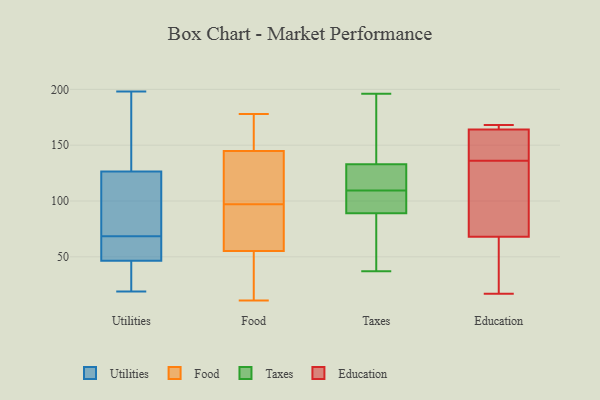
{"axis": {"x": "LTV (USD)", "y": "Value"}, "legend": ["Education", "Food", "Taxes", "Utilities"], "data": [{"x": "", "y": 60, "type": "Utilities"}, {"x": "", "y": 198, "type": "Utilities"}, {"x": "", "y": 111, "type": "Utilities"}, {"x": "", "y": 127, "type": "Utilities"}, {"x": "", "y": 86, "type": "Utilities"}, {"x": "", "y": 46, "type": "Utilities"}, {"x": "", "y": 173, "type": "Utilities"}, {"x": "", "y": 141, "type": "Utilities"}, {"x": "", "y": 62, "type": "Utilities"}, {"x": "", "y": 32, "type": "Utilities"}, {"x": "", "y": 19, "type": "Utilities"}, {"x": "", "y": 113, "type": "Utilities"}, {"x": "", "y": 21, "type": "Utilities"}, {"x": "", "y": 59, "type": "Utilities"}, {"x": "", "y": 185, "type": "Utilities"}, {"x": "", "y": 126, "type": "Utilities"}, {"x": "", "y": 75, "type": "Utilities"}, {"x": "", "y": 60, "type": "Utilities"}, {"x": "", "y": 47, "type": "Utilities"}, {"x": "", "y": 27, "type": "Utilities"}, {"x": "", "y": 19, "type": "Food"}, {"x": "", "y": 175, "type": "Food"}, {"x": "", "y": 65, "type": "Food"}, {"x": "", "y": 59, "type": "Food"}, {"x": "", "y": 148, "type": "Food"}, {"x": "", "y": 135, "type": "Food"}, {"x": "", "y": 97, "type": "Food"}, {"x": "", "y": 16, "type": "Food"}, {"x": "", "y": 62, "type": "Food"}, {"x": "", "y": 178, "type": "Food"}, {"x": "", "y": 102, "type": "Food"}, {"x": "", "y": 128, "type": "Food"}, {"x": "", "y": 155, "type": "Food"}, {"x": "", "y": 11, "type": "Food"}, {"x": "", "y": 125, "type": "Food"}, {"x": "", "y": 28, "type": "Food"}, {"x": "", "y": 171, "type": "Food"}, {"x": "", "y": 54, "type": "Food"}, {"x": "", "y": 85, "type": "Food"}, {"x": "", "y": 39, "type": "Taxes"}, {"x": "", "y": 111, "type": "Taxes"}, {"x": "", "y": 135, "type": "Taxes"}, {"x": "", "y": 169, "type": "Taxes"}, {"x": "", "y": 105, "type": "Taxes"}, {"x": "", "y": 89, "type": "Taxes"}, {"x": "", "y": 196, "type": "Taxes"}, {"x": "", "y": 37, "type": "Taxes"}, {"x": "", "y": 120, "type": "Taxes"}, {"x": "", "y": 106, "type": "Taxes"}, {"x": "", "y": 108, "type": "Taxes"}, {"x": "", "y": 89, "type": "Taxes"}, {"x": "", "y": 121, "type": "Taxes"}, {"x": "", "y": 190, "type": "Taxes"}, {"x": "", "y": 133, "type": "Taxes"}, {"x": "", "y": 117, "type": "Taxes"}, {"x": "", "y": 98, "type": "Taxes"}, {"x": "", "y": 87, "type": "Taxes"}, {"x": "", "y": 164, "type": "Education"}, {"x": "", "y": 68, "type": "Education"}, {"x": "", "y": 53, "type": "Education"}, {"x": "", "y": 141, "type": "Education"}, {"x": "", "y": 131, "type": "Education"}, {"x": "", "y": 144, "type": "Education"}, {"x": "", "y": 168, "type": "Education"}, {"x": "", "y": 110, "type": "Education"}, {"x": "", "y": 17, "type": "Education"}, {"x": "", "y": 165, "type": "Education"}]}